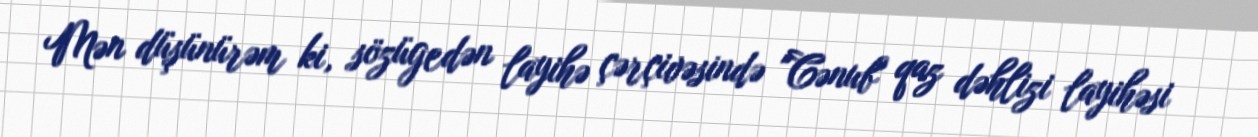
Mən düşünürəm ki, sözügedən layihə çərçivəsində "Cənub" qaz dəhlizi layihəsi